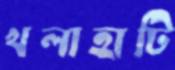
খলাহাটি